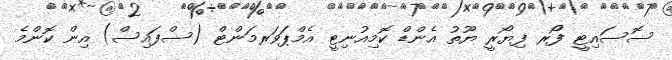
ސޮސައިޓީ ފޯރ ފިޔޯރީ ޔޫތު އެންޑް ކޮމިއުނިޓީ އެމްޕަވަރމަންޓް (ސްފައިސް) އިން ކޮންމެ